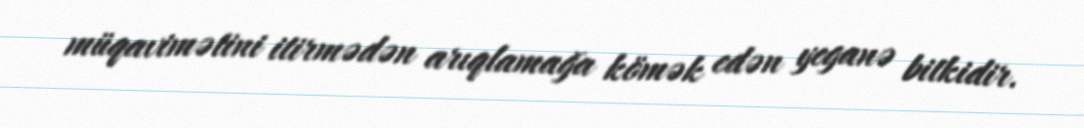
müqavimətini itirmədən arıqlamağa kömək edən yeganə bitkidir.